Lunatic asylums in Bengal annual reports 1912-1924 - 1912-1924
Year: 1912
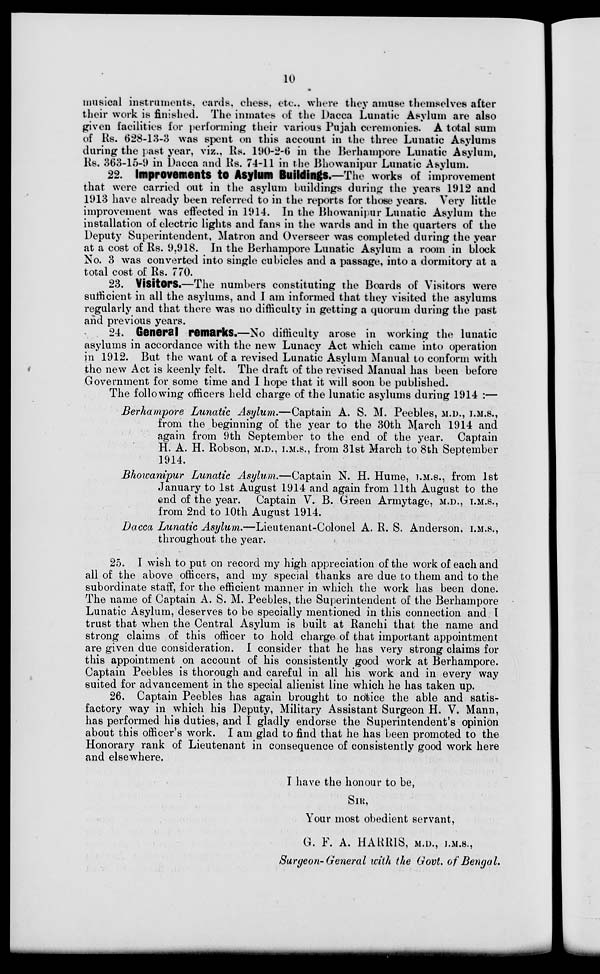
10
musical instruments, cards, chess, etc.. where they amuse themselves after
their work is finished. The inmates of the Dacca Lunatic Asylum are also
given facilities for performing their various Pujah ceremonies. A total sum
of Rs. 628-13-3 was spent on this account in the three Lunatic Asylums
during the past year, viz., Rs. 190-2-6 in the Berhampore Lunatic Asylum,
Rs. 363-15-9 in Dacca and Rs. 74-11 in the Bhowanipur Lunatic Asylum.
22. Improvement to Asylum Buildings.—The works of improvement
that were carried out in the asylum buildings during the years 1912 and
1913 have already been referred to in the reports for those years. Very little
improvement was effected in 1914. In the Bhowanipur Lunatic Asylum the
installation of electric lights and fans in the wards and in the quarters of the
Deputy Superintendent, Matron and Overseer was completed during the year
at a cost of Rs. 9,918. In the Berhampore Lunatic Asylum a room in block
No. 3 was converted into single cubicles and a passage, into a dormitory at a
total cost of Rs. 770.
23. Visitors.—The numbers constituting the Boards of Visitors were
sufficient in all the asylums, and I am informed that they visited the asylums
regularly and that there was no difficulty in getting a quorum during the past
and previous years.
24. General remarks.—No difficulty arose in working the lunatic
asylums in accordance with the new Lunacy Act which came into operation
in 1912. But the want of a revised Lunatic Asylum Manual to conform with
the new Act is keenly felt. The draft of the revised Manual has been before
Government for some time and I hope that it will soon be published.
The following officers held charge of the lunatic asylums during 1914 :—
Berhampore Lunatic Asylum.—Captain A. S. M. Peebles, M.D., I.M.S.,
from the beginning of the year to the 30th March 1914 and
again from 9th September to the end of the year. Captain
H. A. H. Robson, M.D., I.M.S., from 31st March to 8th September
1914.
Bhowanipur Lunatic Asylum.—Captain N. H. Hume, I.M.S., from 1st
January to 1st August 1914 and again from 11th August to the
end of the year. Captain V. B. Green Armytage, M.D., I.M.S.,
from 2nd to 10th August 1914.
Dacca Lunatic Asylum.—Lieutenant-Colonel A. R. S. Anderson, I.M.S.,
throughout the year.
25. I wish to put on record my high appreciation of the work of each and
all of the above officers, and my special thanks are due to them and to the
subordinate staff, for the efficient manner in which the work has been done.
The name of Captain A. S. M. Peebles, the Superintendent of the Berhampore
Lunatic Asylum, deserves to be specially mentioned in this connection and I
trust that when the Central Asylum is built at Ranchi that the name and
strong claims of this officer to hold charge of that important appointment
are given due consideration. I consider that he has very strong claims for
this appointment on account of his consistently good work at Berhampore.
Captain Peebles is thorough and careful in all his work and in every way
suited for advancement in the special alienist line which he has taken up.
26. Captain Peebles has again brought to notice the able and satis-
factory way in which his Deputy, Military Assistant Surgeon H. V. Mann,
has performed his duties, and I gladly endorse the Superintendent's opinion
about this officer's work. I am glad to find that he has been promoted to the
Honorary rank of Lieutenant in consequence of consistently good work here
and elsewhere.
I have the honour to be,
SIR,
Your most obedient servant,
G. F. A. HARRIS, M.D., I.M.S.,
Surgeon-General with the Govt. of Bengal.